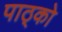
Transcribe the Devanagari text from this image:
पाठ्को